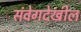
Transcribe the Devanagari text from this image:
संवेगदेखील